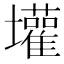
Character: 壦